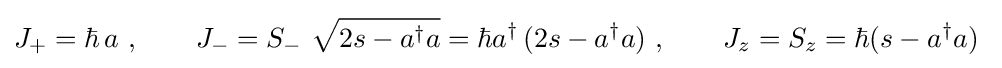
J_{+}=\hbar \,a~,\qquad J_{-}=S_{-}~{\sqrt {2s-a^{\dagger }a}}=\hbar a^{\dagger }\,(2s-a^{\dagger }a)~,\qquad J_{z}=S_{z}=\hbar (s-a^{\dagger }a)~